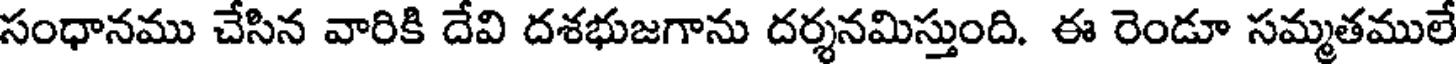
సంధానము చేసిన వారికి దేవి దశభుజగాను దర్శనమిస్తుంది. ఈ రెండూ సమ్మతములే